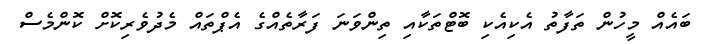
ބައެއް މީހުން ތަފާތު އެކިއެކި ބޮޓްތަކާއި ތިންވަނަ ފަރާތެއްގެ އެޕްތައް މެދުވެރިކޮށް ކޮންމެސް